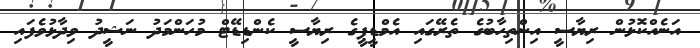
އަނެއްކޮޅުން ރިޔާސީ އިންތިހާބުގެ ތެރޭގައި އެމްޑީޕީގެ ރިޔާސީ ކެންޑިޑޭޓް މުހަންމަދު ނަޝީދު ވިދާޅުވެފައި